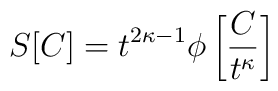
S[C] = t^{2 \kappa -1}\phi \left[\frac{C}{t^{\kappa}} \right]